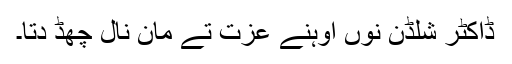
ڈاکٹر شلڈن نوں اوہنے عزت تے مان نال چھڈ دتا۔